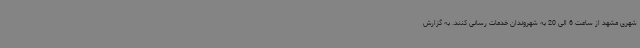
شهری مشهد از ساعت 6 الی 20 به شهروندان خدمات رسانی کنند. به گزارش